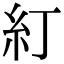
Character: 糽